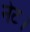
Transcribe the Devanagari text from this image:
नेट।